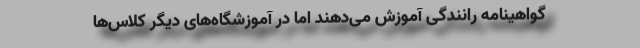
گواهینامه‌ رانندگی آموزش می‌دهند اما در آموزشگاه‌های دیگر کلاس‌ها